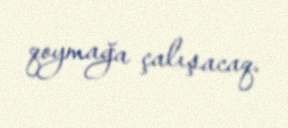
qoymağa çalışacaq.